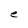
Character: e